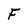
Character: F